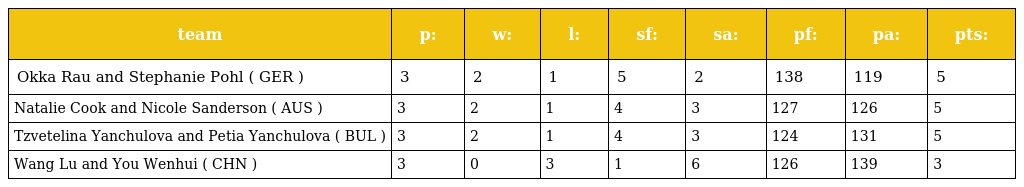
| team | p: | w: | l: | sf: | sa: | pf: | pa: | pts: |
 | --- | --- | --- | --- | --- | --- | --- | --- | --- |
 | Okka Rau and Stephanie Pohl ( GER ) | 3 | 2 | 1 | 5 | 2 | 138 | 119 | 5 |
 | Natalie Cook and Nicole Sanderson ( AUS ) | 3 | 2 | 1 | 4 | 3 | 127 | 126 | 5 |
 | Tzvetelina Yanchulova and Petia Yanchulova ( BUL ) | 3 | 2 | 1 | 4 | 3 | 124 | 131 | 5 |
 | Wang Lu and You Wenhui ( CHN ) | 3 | 0 | 3 | 1 | 6 | 126 | 139 | 3 |